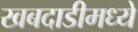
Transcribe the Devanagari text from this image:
खबदाडीमध्ये